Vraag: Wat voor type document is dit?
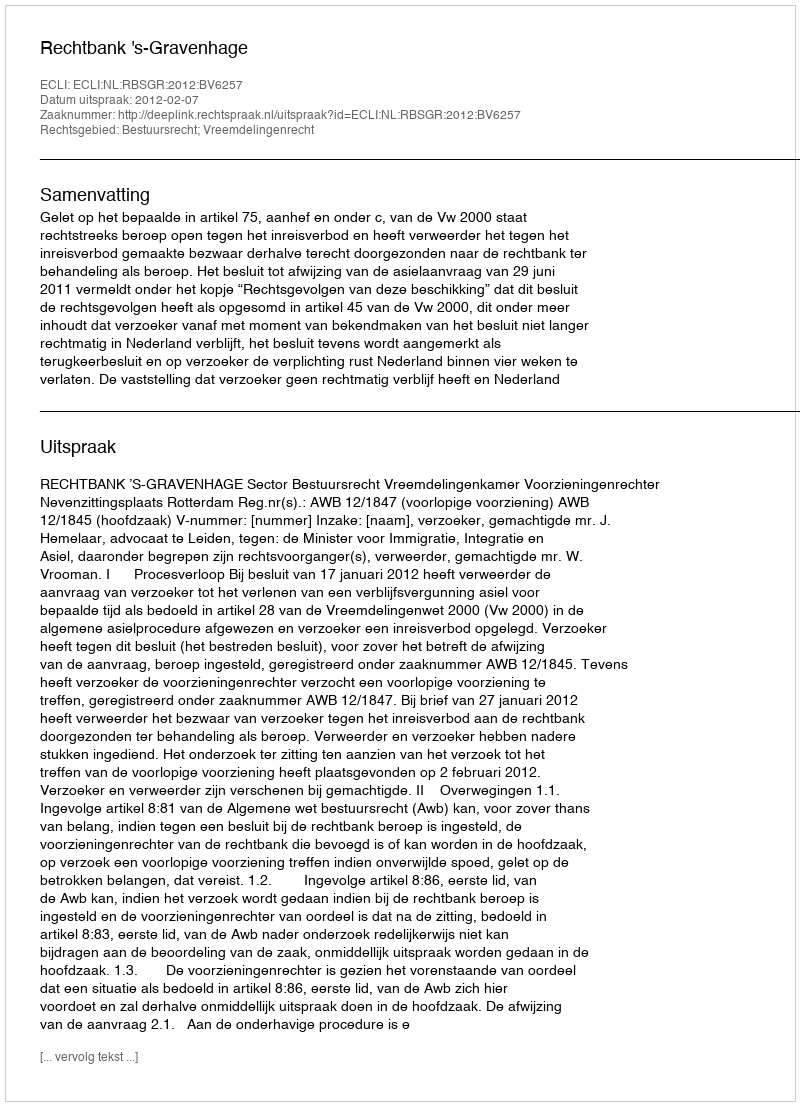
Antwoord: Uitspraak